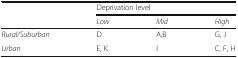
<table><thead><tr><td>[EMPTY_CELL]</td><td colspan="3"><b>Deprivation level</b></td></tr><tr><td>[EMPTY_CELL]</td><td><b><i>Low</i></b></td><td><b><i>Mid</i></b></td><td><b><i>High</i></b></td></tr></thead><tbody><tr><td><i>Rural/Suburban</i></td><td>D</td><td>A,B</td><td>G, J</td></tr><tr><td><i>Urban</i></td><td>E, K</td><td>I</td><td>C, F, H</td></tr></tbody></table>